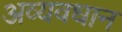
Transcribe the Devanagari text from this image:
अव्यवधान